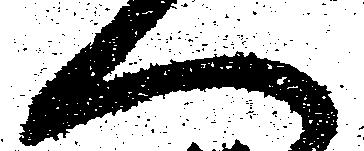
へ